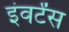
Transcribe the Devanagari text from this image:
इंवर्टेंस